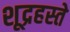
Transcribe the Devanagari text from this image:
शूद्रहस्ते